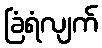
ခြံရံလျက်